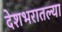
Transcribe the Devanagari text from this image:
देशभरातल्या